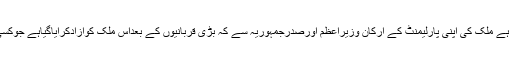
اس لئے ہماری مخلصانہ گزارش ہے ملک کی اپنی پارلیمنٹ کے ارکان وزیراعظم اورصدرجمہوریہ سے کہ بڑی قربانیوں کے بعداس ملک کوآزادکرایاگیاہے جوکسی سے ڈھکی چھپی بات نہیں ہے۔